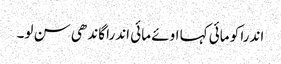
اندرا کو مائی کہا اوئے مائی اندرا گاندھی سن لو۔